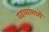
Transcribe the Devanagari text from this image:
पदव्यांमध्ये